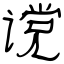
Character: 谠